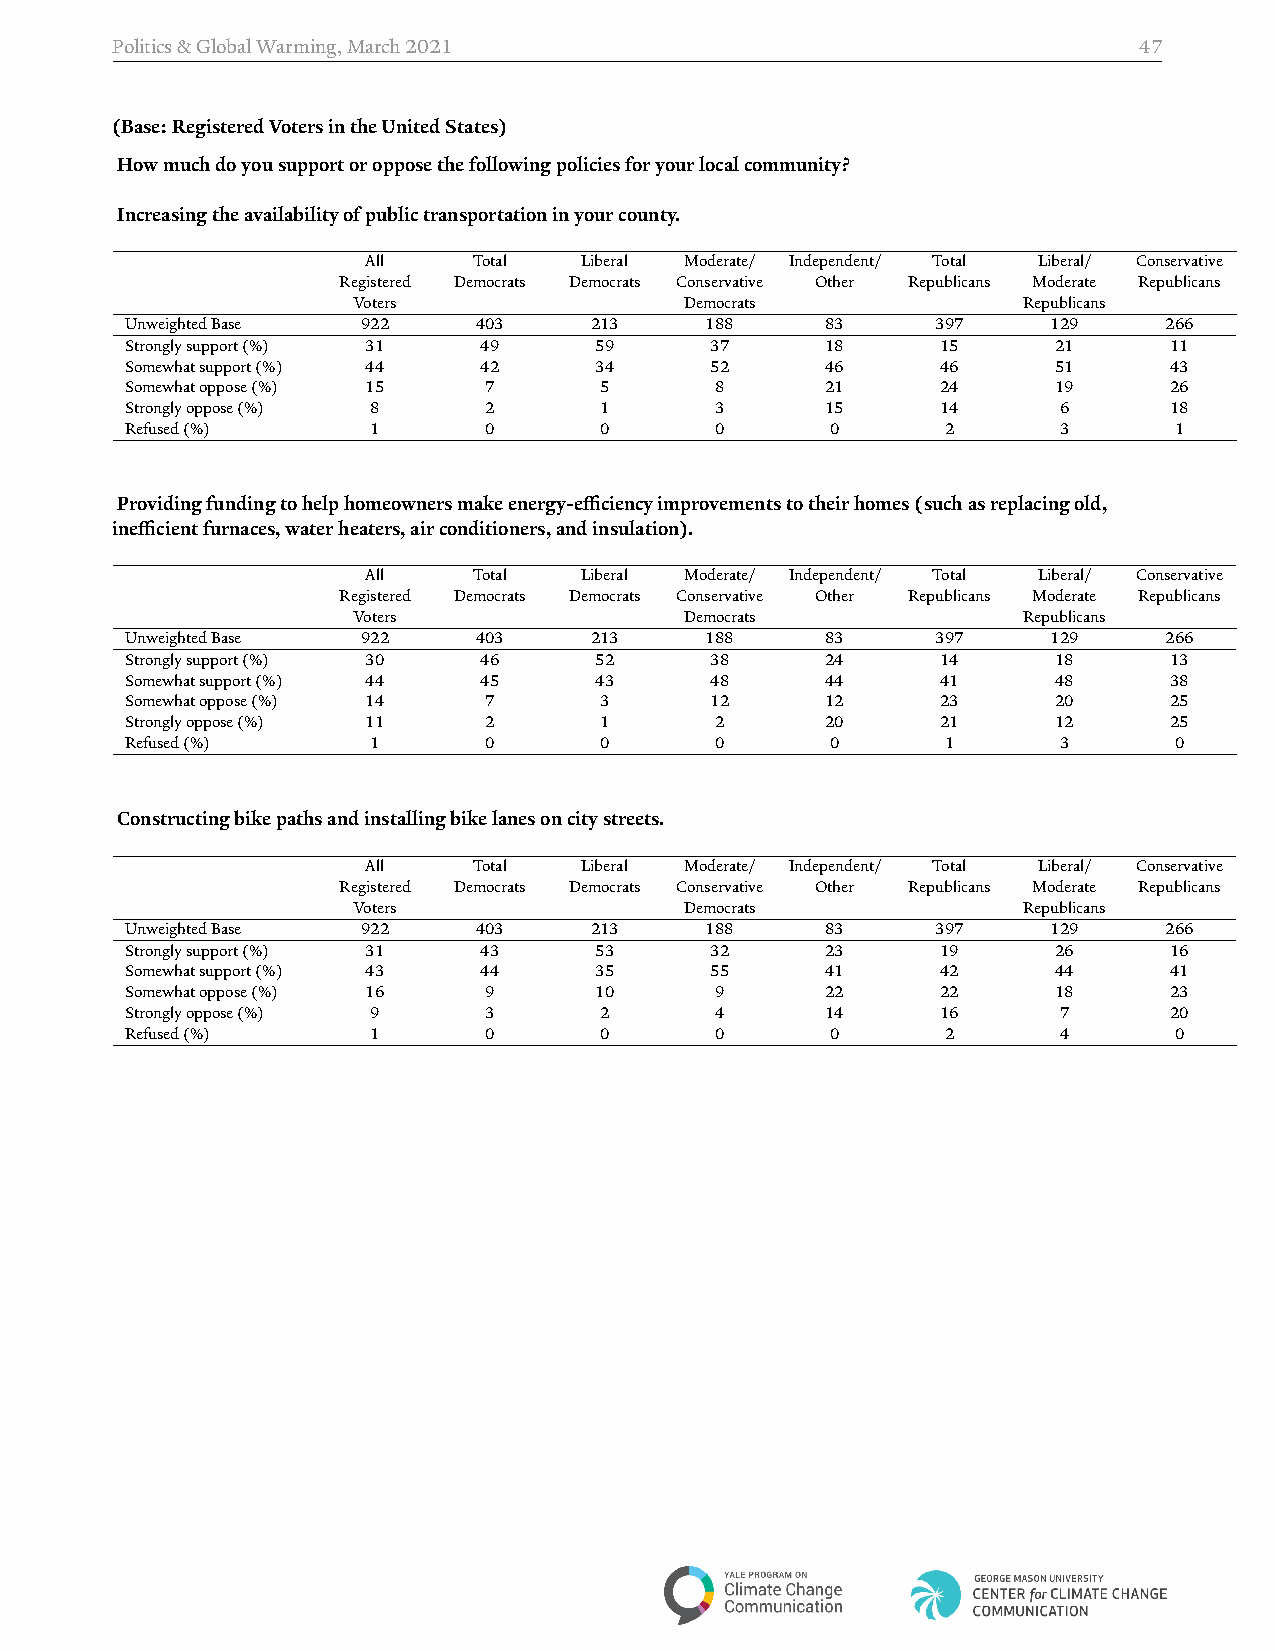
Politics&GlobalWarming,March2021                                    47
 (Base:RegisteredVotersintheUnitedStates)
 Howmuchdoyousupportoropposethefollowingpoliciesforyourlocalcommunity?
 Increasingtheavailabilityofpublictransportationinyourcounty.
 All    Total  Liberal Moderate/ Independent/ Total Liberal/ Conservative
 Registered Democrats Democrats Conservative Other Republicans Moderate Republicans
 Voters                Democrats              Republicans
 UnweightedBase  922    403     213     188     83     397     129    266
 Stronglysupport(%) 31   49     59      37      18     15      21     11
 Somewhatsupport(%) 44   42     34      52      46     46      51     43
 Somewhatoppose(%) 15    7       5      8       21     24      19     26
 Stronglyoppose(%) 8     2       1      3       15     14      6      18
 Refused(%)       1      0       0      0       0       2      3       1
 Providingfundingtohelphomeownersmakeenergy­efficiencyimprovementstotheirhomes(suchasreplacingold,
 inefficientfurnaces,waterheaters,airconditioners,andinsulation).
 All    Total  Liberal Moderate/ Independent/ Total Liberal/ Conservative
 Registered Democrats Democrats Conservative Other Republicans Moderate Republicans
 Voters                Democrats              Republicans
 UnweightedBase  922    403     213     188     83     397     129    266
 Stronglysupport(%) 30   46     52      38      24     14      18     13
 Somewhatsupport(%) 44   45     43      48      44     41      48     38
 Somewhatoppose(%) 14    7       3      12      12     23      20     25
 Stronglyoppose(%) 11    2       1      2       20     21      12     25
 Refused(%)       1      0       0      0       0       1      3       0
 Constructingbikepathsandinstallingbikelanesoncitystreets.
 All    Total  Liberal Moderate/ Independent/ Total Liberal/ Conservative
 Registered Democrats Democrats Conservative Other Republicans Moderate Republicans
 Voters                Democrats              Republicans
 UnweightedBase  922    403     213     188     83     397     129    266
 Stronglysupport(%) 31   43     53      32      23     19      26     16
 Somewhatsupport(%) 43   44     35      55      41     42      44     41
 Somewhatoppose(%) 16    9      10      9       22     22      18     23
 Stronglyoppose(%) 9     3       2      4       14     16      7      20
 Refused(%)       1      0       0      0       0       2      4       0